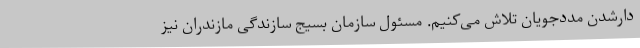
دارشدن مددجویان تلاش می‌کنیم. مسئول سازمان بسیج سازندگی مازندران نیز